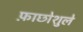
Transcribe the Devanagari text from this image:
फ़ाछोशुले